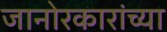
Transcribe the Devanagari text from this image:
जानोरकारांच्या